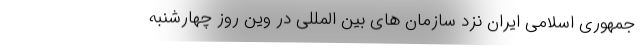
جمهوری اسلامی ایران نزد سازمان های بین المللی در وین روز چهارشنبه